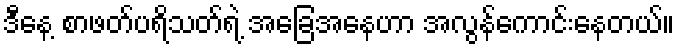
ဒီနေ့ စာဖတ်ပရိသတ်ရဲ့ အခြေအနေဟာ အလွန်ကောင်းနေတယ်။